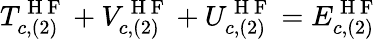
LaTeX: T_{c,(2)}^{\mathrm{~H~F~}}+V_{c,(2)}^{\mathrm{~H~F~}}+U_{c,(2)}^{\mathrm{~H~F~}}=E_{c,(2)}^{\mathrm{~H~F~}}